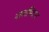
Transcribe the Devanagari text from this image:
नामाभिदान